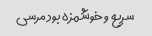
سریع و خوشمزه بود مرسی